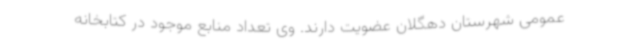
عمومی شهرستان دهگلان عضویت دارند. وی تعداد منابع موجود در کتابخانه